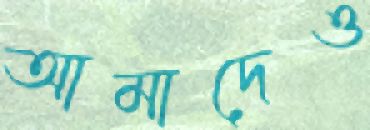
আমাদেও